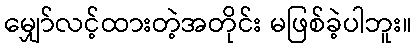
မျှော်လင့်ထားတဲ့အတိုင်း မဖြစ်ခဲ့ပါဘူး။